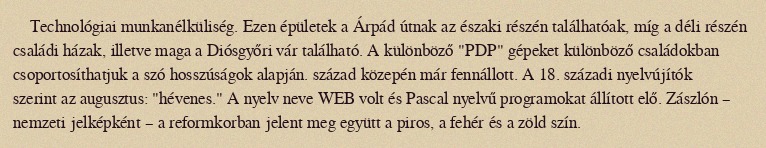
Technológiai munkanélküliség. Ezen épületek a Árpád útnak az északi részén találhatóak, míg a déli részén családi házak, illetve maga a Diósgyőri vár található. A különböző "PDP" gépeket különböző családokban csoportosíthatjuk a szó hosszúságok alapján. század közepén már fennállott. A 18. századi nyelvújítók szerint az augusztus: "hévenes." A nyelv neve WEB volt és Pascal nyelvű programokat állított elő. Zászlón – nemzeti jelképként – a reformkorban jelent meg együtt a piros, a fehér és a zöld szín.